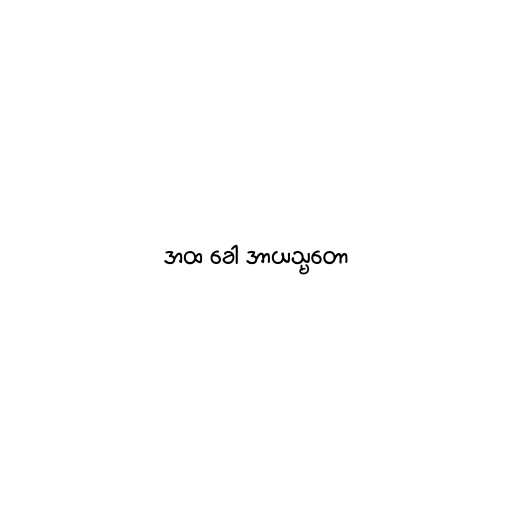
အထ ခေါ အာယသ္မတော